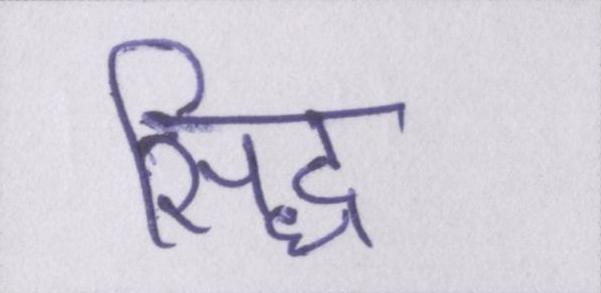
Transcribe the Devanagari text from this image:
सिद्ध